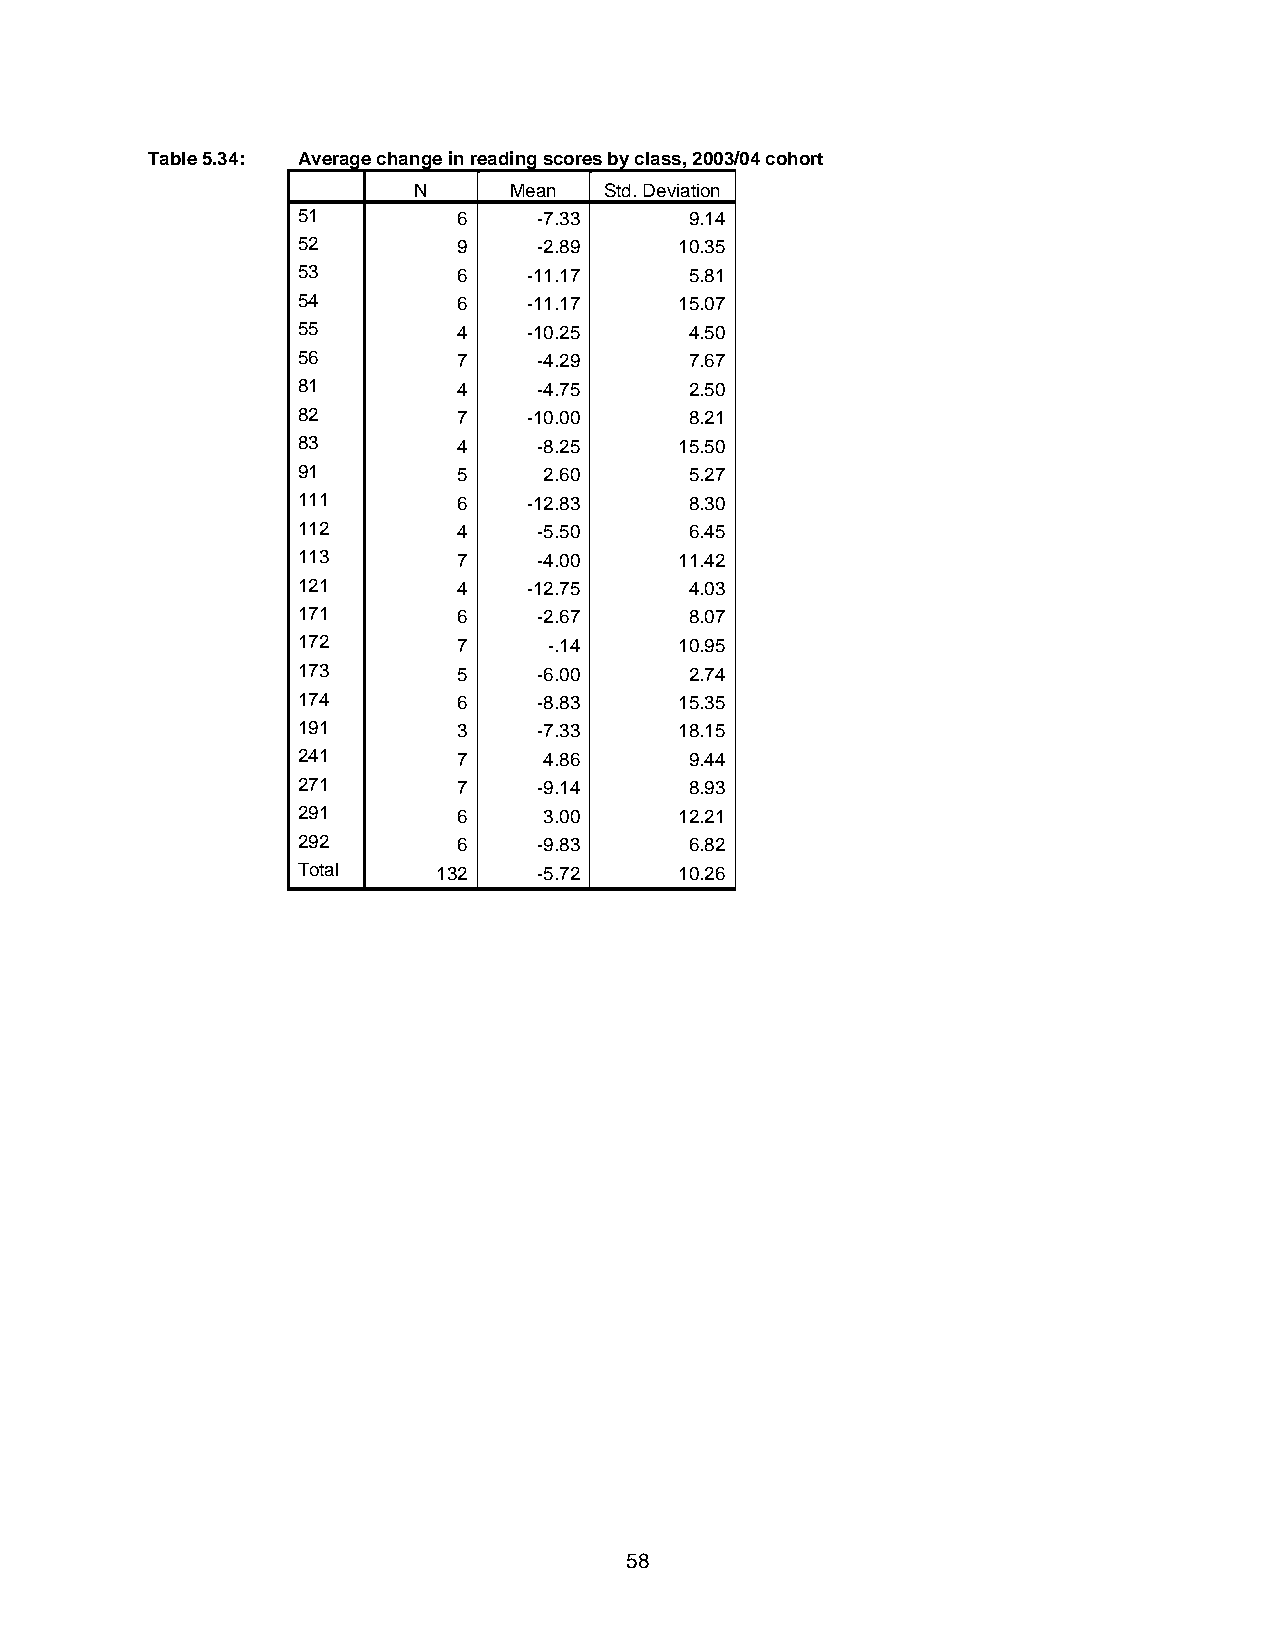
Table 5.34: Average change in reading scores by class, 2003/04 cohort
 N      Mean  Std. Deviation
 51        6     -7.33     9.14
 52        9     -2.89    10.35
 53        6    -11.17     5.81
 54        6    -11.17    15.07
 55        4    -10.25     4.50
 56        7     -4.29     7.67
 81        4     -4.75     2.50
 82        7    -10.00     8.21
 83        4     -8.25    15.50
 91        5     2.60      5.27
 111       6    -12.83     8.30
 112       4     -5.50     6.45
 113       7     -4.00    11.42
 121       4    -12.75     4.03
 171       6     -2.67     8.07
 172       7     -.14     10.95
 173       5     -6.00     2.74
 174       6     -8.83    15.35
 191       3     -7.33    18.15
 241       7     4.86      9.44
 271       7     -9.14     8.93
 291       6     3.00     12.21
 292       6     -9.83     6.82
 Total    132    -5.72    10.26
 58